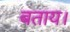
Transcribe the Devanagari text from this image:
बताय।